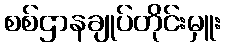
စစ်ဌာနချုပ်တိုင်းမှူး